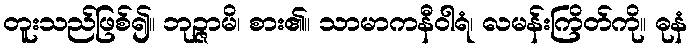
တူးသည်ဖြစ်၍။ ဘုဉ္ဇာမိ၊ စား၏။ သာမာကနီဝါရံ၊ လမန်းကြိတ်ကို။ ဓုနံ